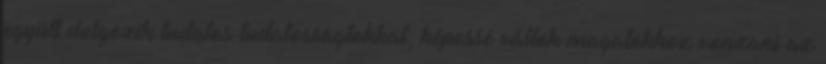
együtt dolgozik tudatos tudatosságtokkal, képessé váltok magatokhoz vonzani az